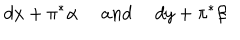
d x + \pi ^ { \ast } \alpha ~ \quad a n d ~ \quad d y + \pi ^ { \ast } \beta